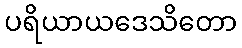
ပရိယာယဒေသိတော